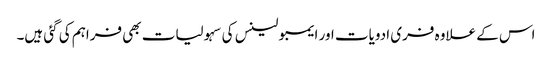
اس کے علاوہ فری ادویات اور ایمبولینس کی سہولیات بھی فراہم کی گئی ہیں۔